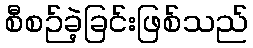
စီစဉ်ခဲ့ခြင်းဖြစ်သည်